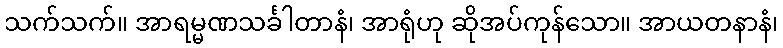
သက်သက်။ အာရမ္မဏသင်္ခါတာနံ၊ အာရုံဟု ဆိုအပ်ကုန်သော။ အာယတနာနံ၊